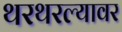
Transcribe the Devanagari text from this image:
थरथरल्यावर